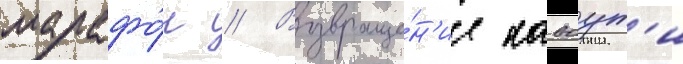
марафо́н // Возвраще́н'ие каваут'и